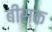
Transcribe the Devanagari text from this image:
बीस्क